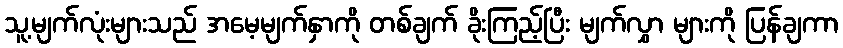
သူ့မျက်လုံးများသည် အမေ့မျက်နှာကို တစ်ချက် ခိုးကြည့်ပြီး မျက်လွှာ များကို ပြန်ချကာ